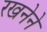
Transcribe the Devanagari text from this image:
रखनेने